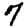
Digit: 7